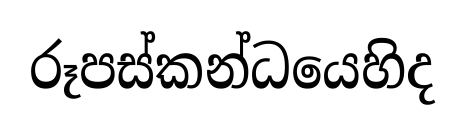
රූපස්කන්ධයෙහිද